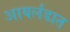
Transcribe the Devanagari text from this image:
आयर्लंडात